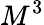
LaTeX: M^{3}